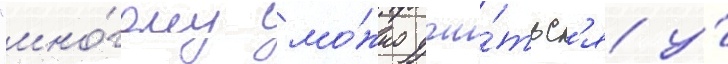
"мно́гому мо́жно учи́тьс'я у́